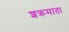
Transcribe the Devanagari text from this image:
शक्रमाता